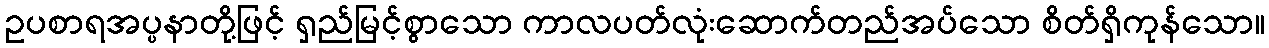
ဥပစာရအပ္ပနာတို့ဖြင့် ရှည်မြင့်စွာသော ကာလပတ်လုံးဆောက်တည်အပ်သော စိတ်ရှိကုန်သော။